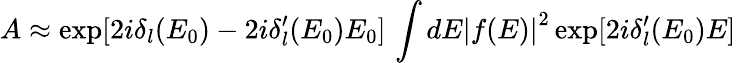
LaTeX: A\approx\exp[2i\delta_{l}(E_{0})-2i\delta_{l}^{\prime}(E_{0})E_{0}]\, \int{dE\left|{f(E)}\right|^{2}\exp[2i\delta_{l}^{\prime}(E_{0})E]}